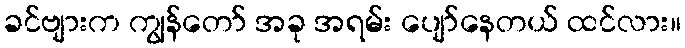
ခင်ဗျားက ကျွန်တော် အခု အရမ်း ပျော်နေတယ် ထင်လား။